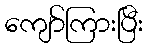
ကျော်ကြားပြီး